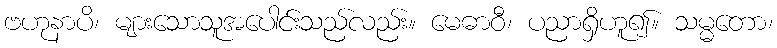
ဗဟုနာပိ၊ များသောသူအပေါင်းသည်လည်း။ မေဓာဝီ၊ ပညာရှိဟူ၍။ သမ္မတော၊